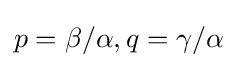
p=\beta /\alpha ,q=\gamma /\alpha